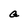
Character: a